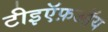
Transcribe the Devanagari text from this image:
टीइऍफ़ऑय